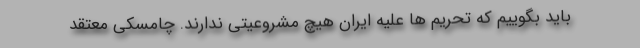
باید بگوییم که تحریم ها علیه ایران هیچ مشروعیتی ندارند. چامسکی معتقد